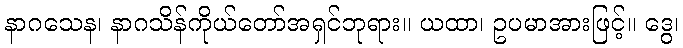
နာဂသေန၊ နာဂသိန်ကိုယ်တော်အရှင်ဘုရား။ ယထာ၊ ဥပမာအားဖြင့်။ ဒွေ၊